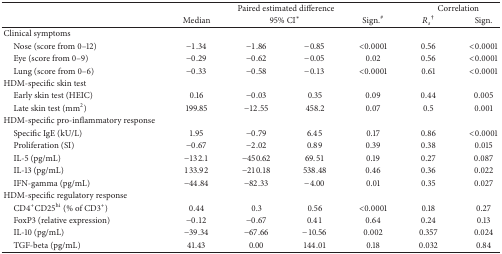
<table><thead><tr><td><b> </b></td><td colspan="4"><b>Paired estimated difference </b></td><td colspan="2"><b>Correlation </b></td></tr><tr><td><b> </b></td><td><b>Median</b></td><td colspan="2"><b>95% CI*</b></td><td><b>Sign.<sup>#</sup></b></td><td><b><i>R</i><sub><i>s</i></sub><sup>†</sup></b></td><td><b>Sign.</b></td></tr></thead><tbody><tr><td>Clinical symptoms</td><td> </td><td> </td><td> </td><td> </td><td> </td><td> </td></tr><tr><td> Nose (score from 0–12)</td><td>−1.34</td><td>−1.86</td><td>−0.85</td><td>&lt;0.0001</td><td>0.56</td><td>&lt;0.0001</td></tr><tr><td> Eye (score from 0–9)</td><td>−0.29</td><td>−0.62</td><td>−0.05</td><td>0.02</td><td>0.56</td><td>&lt;0.0001</td></tr><tr><td> Lung (score from 0–6)</td><td>−0.33</td><td>−0.58</td><td>−0.13</td><td>&lt;0.0001</td><td>0.61</td><td>&lt;0.0001</td></tr><tr><td>HDM-specific skin test</td><td> </td><td> </td><td> </td><td> </td><td> </td><td> </td></tr><tr><td> Early skin test (HEIC)</td><td>0.16</td><td>−0.03</td><td>0.35</td><td>0.09</td><td>0.44</td><td>0.005</td></tr><tr><td> Late skin test (mm<sup>2</sup>)</td><td>199.85</td><td>−12.55</td><td>458.2</td><td>0.07</td><td>0.5</td><td>0.001</td></tr><tr><td>HDM-specific pro-inflammatory response</td><td> </td><td> </td><td> </td><td> </td><td> </td><td> </td></tr><tr><td> Specific IgE (kU/L)</td><td>1.95</td><td>−0.79</td><td>6.45</td><td>0.17</td><td>0.86</td><td>&lt;0.0001</td></tr><tr><td> Proliferation (SI)</td><td>−0.67</td><td>−2.02</td><td>0.89</td><td>0.39</td><td>0.38</td><td>0.015</td></tr><tr><td> IL-5 (pg/mL)</td><td>−132.1</td><td>−450.62</td><td>69.51</td><td>0.19</td><td>0.27</td><td>0.087</td></tr><tr><td> IL-13 (pg/mL)</td><td>133.92</td><td>−210.18</td><td>538.48</td><td>0.46</td><td>0.36</td><td>0.022</td></tr><tr><td> IFN-gamma (pg/mL)</td><td>−44.84</td><td>−82.33</td><td>−4.00</td><td>0.01</td><td>0.35</td><td>0.027</td></tr><tr><td>HDM-specific regulatory response</td><td> </td><td> </td><td> </td><td> </td><td> </td><td> </td></tr><tr><td> CD4<sup>+</sup>CD25<sup>hi</sup> (% of CD3<sup>+</sup>)</td><td>0.44</td><td>0.3</td><td>0.56</td><td>&lt;0.0001</td><td>0.18</td><td>0.27</td></tr><tr><td> FoxP3 (relative expression)</td><td>−0.12</td><td>−0.67</td><td>0.41</td><td>0.64</td><td>0.24</td><td>0.13</td></tr><tr><td> IL-10 (pg/mL)</td><td>−39.34</td><td>−67.66</td><td>−10.56</td><td>0.002</td><td>0.357</td><td>0.024</td></tr><tr><td> TGF-beta (pg/mL)</td><td>41.43</td><td>0.00</td><td>144.01</td><td>0.18</td><td>0.032</td><td>0.84</td></tr></tbody></table>